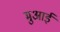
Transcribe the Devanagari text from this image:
मुआई